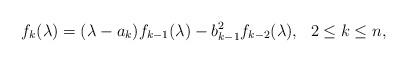
LaTeX: \begin{align*}f_{k}(\lambda)=(\lambda-a_k)f_{k-1}(\lambda) - b_{k-1}^2f_{k-2}(\lambda), \ \ 2 \le k \le n,\end{align*}